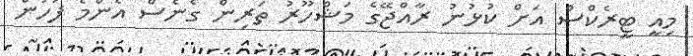
މިއީ ޓީރެކްސް އަށް ކުޅުނު ރާއްޖޭގެ މަޝްހޫރު ތަރިން ގެނެސް އެންމެ ފަހުން